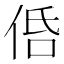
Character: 𠈲